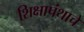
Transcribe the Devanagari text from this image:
शिक्षापंथाचें